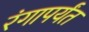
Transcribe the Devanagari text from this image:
रंगापर्यंत